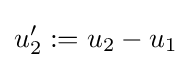
u'_{2}:=u_{2}-u_{1}